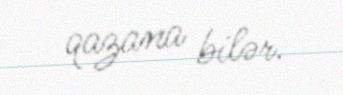
qazana bilər.